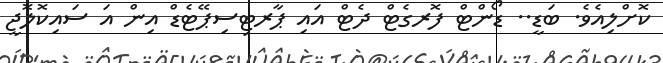
ކޮށްލިއެވެ. ބަޑީ.. ޑޯންޓް ފޮރގެޓް ދެޓް އައި ޕާރޓިސިޕޭޓެޑް އިން އަ ސައިކޮލޮޖީ